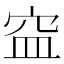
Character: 𥥊